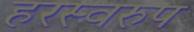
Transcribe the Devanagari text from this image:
हरस्वरुप